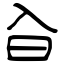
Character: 㒲